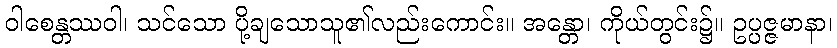
ဝါစေန္တဿဝါ၊ သင်သော ပို့ချသောသူ၏လည်းကောင်း။ အန္တော၊ ကိုယ်တွင်း၌။ ဥပ္ပဇ္ဇမာနာ၊